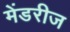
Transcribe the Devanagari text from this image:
मेंडरीज